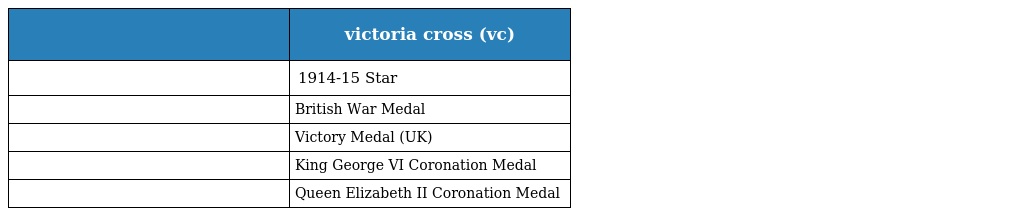
|  | victoria cross (vc) |
 | --- | --- |
 |  | 1914-15 Star |
 |  | British War Medal |
 |  | Victory Medal (UK) |
 |  | King George VI Coronation Medal |
 |  | Queen Elizabeth II Coronation Medal |